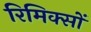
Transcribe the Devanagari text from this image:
रिमिक्सों